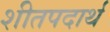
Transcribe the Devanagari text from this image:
शीतपदार्थ